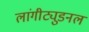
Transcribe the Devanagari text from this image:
लांगीट्युडनल